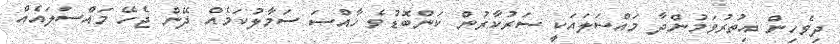
ދިވެހިން އިތުރުވަމުންދާ މައްސަލައަކީ ސަރުކާރުން ކަންބޮޑުވެ ޚާއްސަ ސަމާލުކަމެއް ދޭން ޖެހޭ މައްސަލައެއް